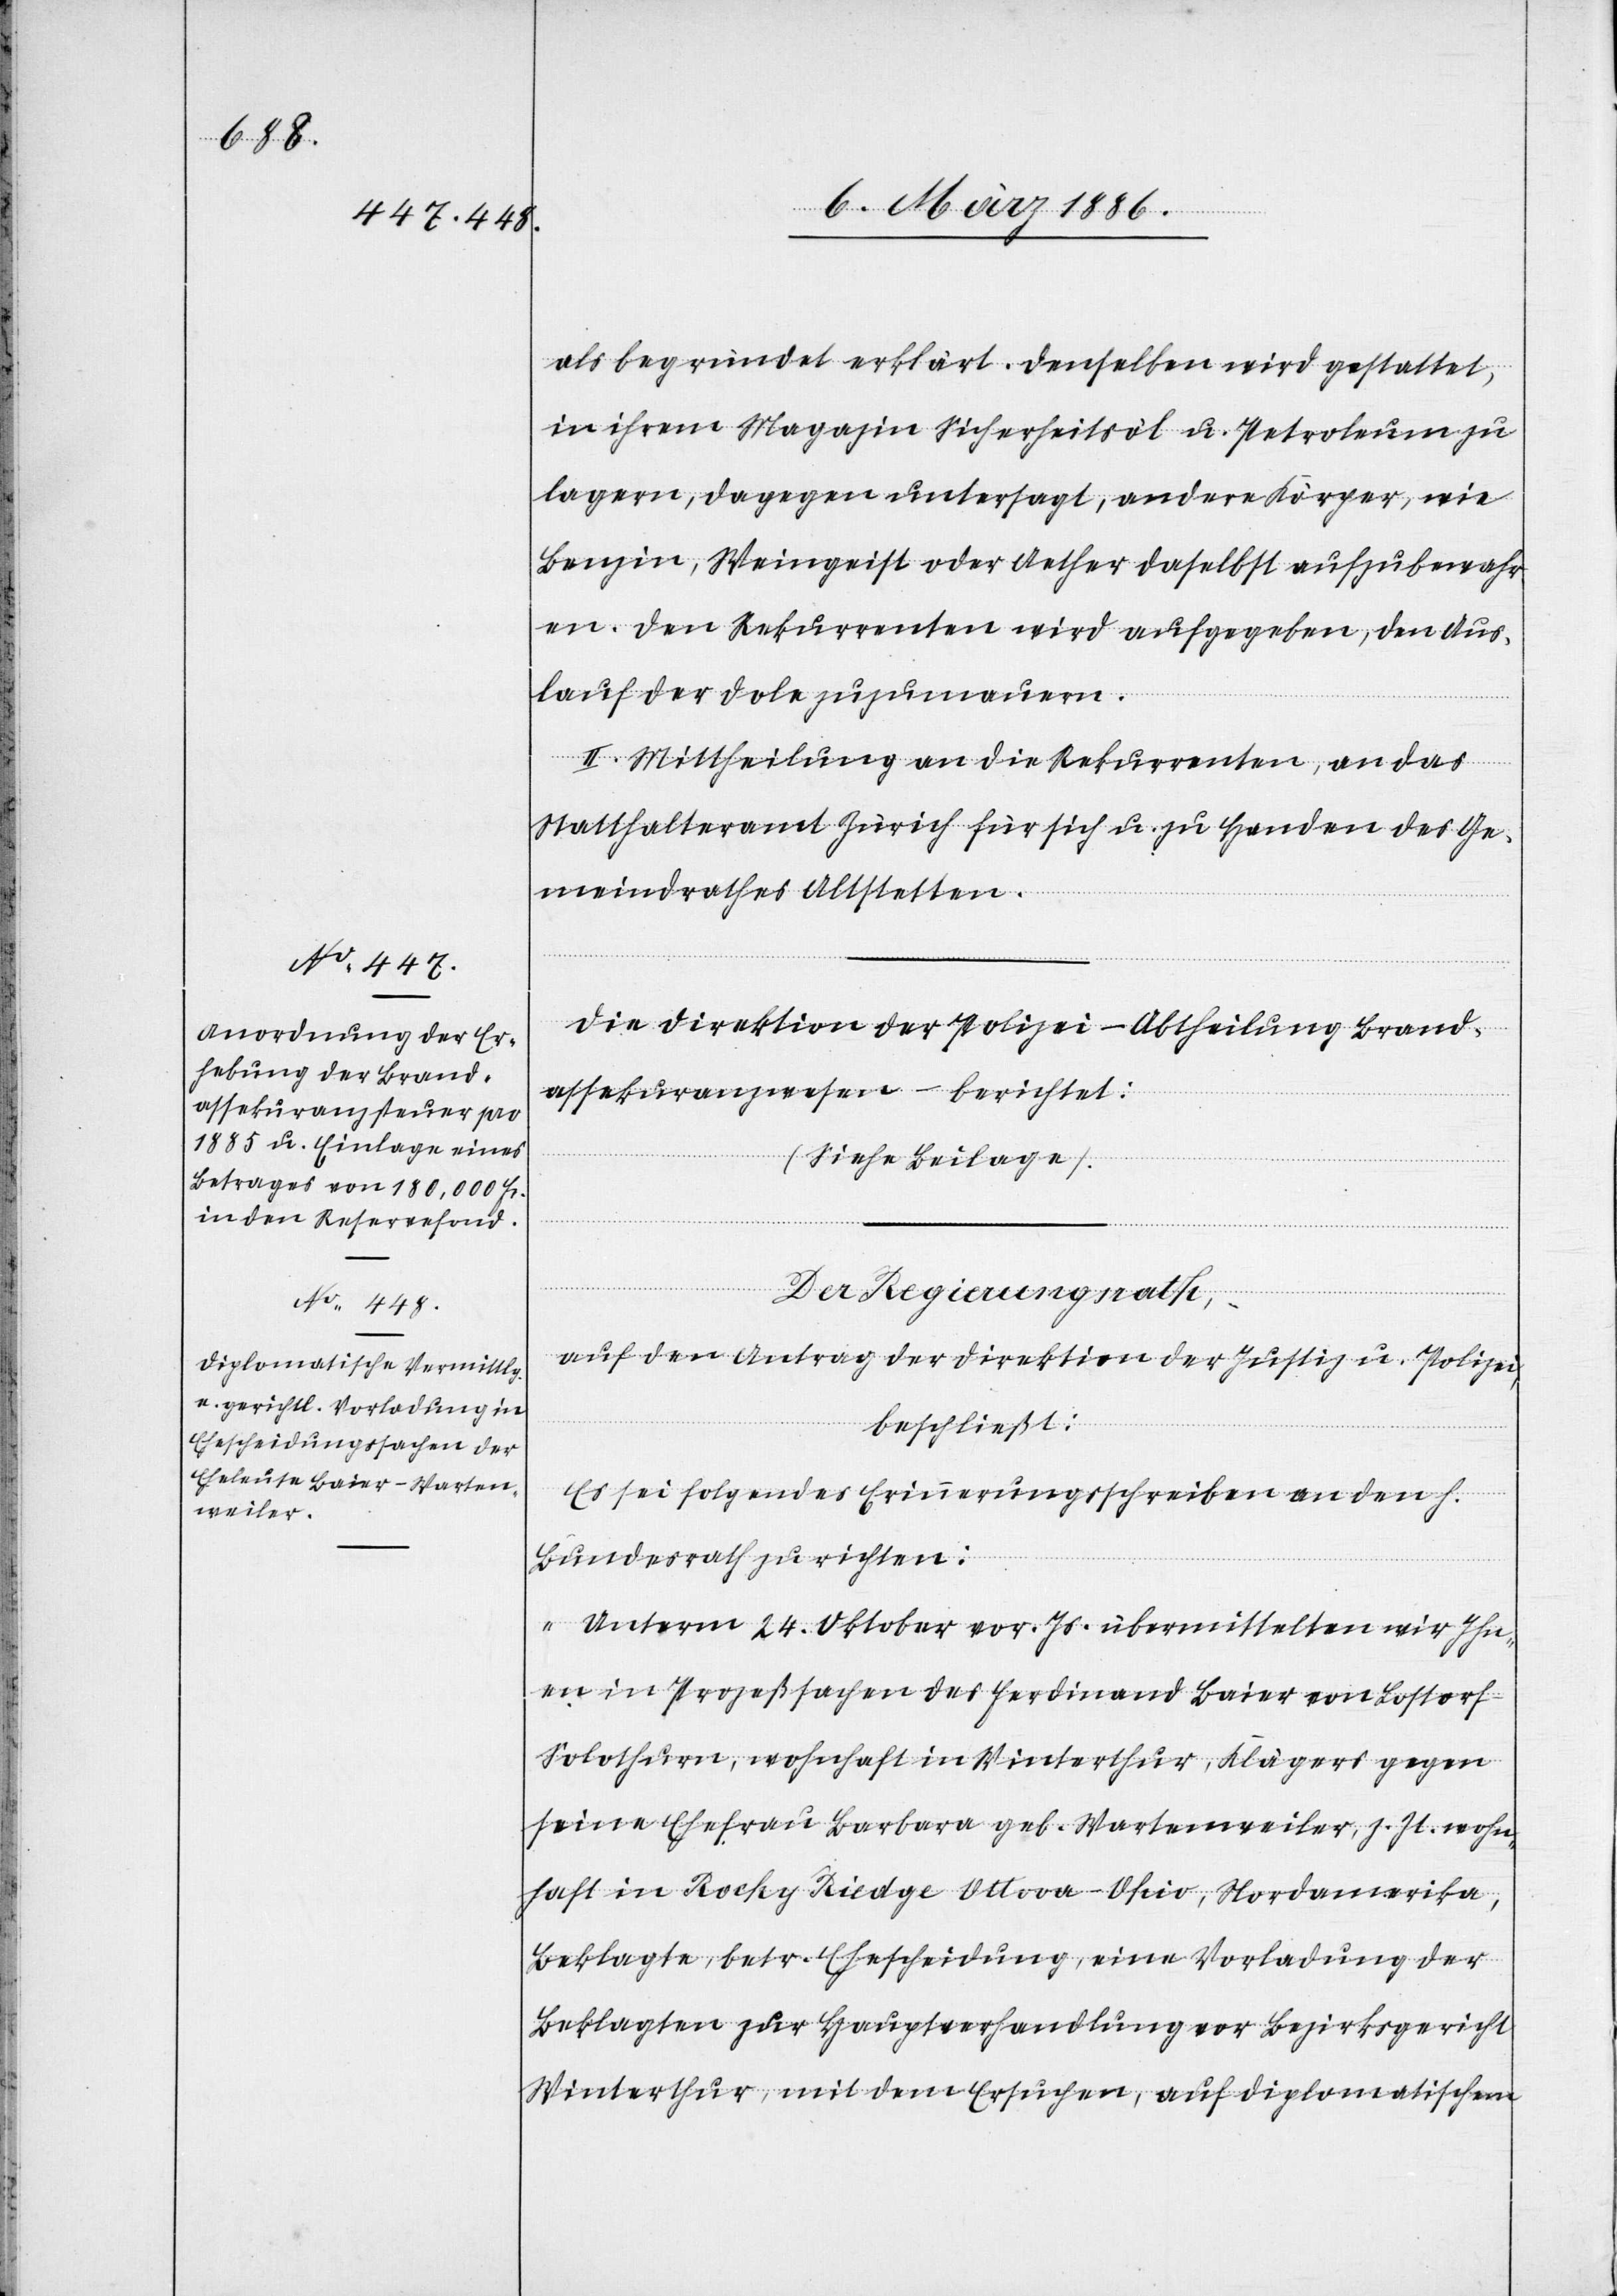
als begründet erklärt. Denselben wird gestattet,
in ihrem Magazin Sicherheitsöl u. Petroleum zu
lagern, dagegen untersagt, andere Körper, wie
Benzin, Weingeist oder Aether daselbst aufzubewahr¬
en. Den Rekurrenten wird aufgegeben, den Aus¬
lauf der Dole zuzumauern.
II. Mittheilung an die Rekurrenten, an das
Statthalteramt Zürich für sich u. zu Handen des Ge¬
meindrathes Altstetten.
Der Regierungsrath,
auf den Antrag der Direktion der Justiz u. Polizei,
beschließt:
Es sei folgendes Erinnerungsschreiben an den h.
Bundesrath zu richten:
„Unterm 24. Oktober vor. Js. übermittelten wir Ihn¬
en in Prozeßsachen des Ferdinand Baier von Lostorf
Solothurn, wohnhaft in Winterthur, Klägers gegen
seine Ehefrau Barbara geb. Wartenweiler, z. Zt. wohn¬
haft in Rochy Riedge Ottova - Ohio, Nordamerika,
Beklagte, betr. Ehescheidung, eine Vorladung der
Beklagten zur Hauptverhandlung vor Bezirksgericht
Winterthur, mit dem Ersuchen, auf diplomatischen